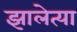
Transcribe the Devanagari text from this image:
झालेत्या